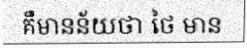
គឺមានន័យថា ថៃ មាន